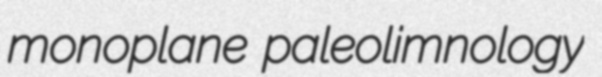
monoplane paleolimnology